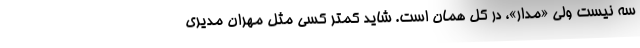
سه نیست ولی «مدار»، در کل همان است. شاید کمتر کسی مثل مهران مدیری